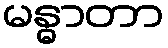
မန္ဓာတာ